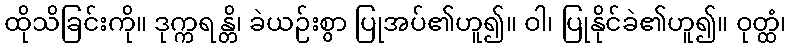
ထိုသိခြင်းကို။ ဒုက္ကရန္တိ၊ ခဲယဉ်းစွာ ပြုအပ်၏ဟူ၍။ ဝါ၊ ပြုနိုင်ခဲ၏ဟူ၍။ ဝုတ္ထံ၊